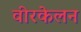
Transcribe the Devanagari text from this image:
वीरकेलन